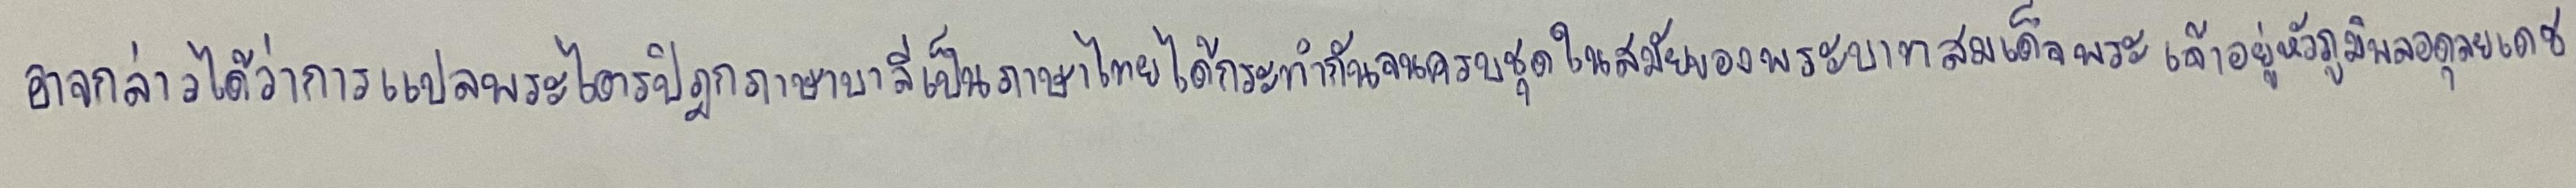
อาจกล่าวได้ว่าการแปลพระไตรปิฎกภาษาบาลีเป็นภาษาไทยได้กระทำกันจนครบชุดในสมัยของพระบาทสมเด็จพระเจ้าอยู่หัวภูมิพลอดุลยเดช